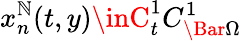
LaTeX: x_{n}^{\mathbb{N}}(t,y)\inC_{t}^{1}C_{\Bar{\Omega}}^{1}